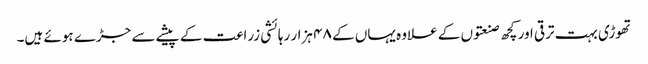
تھوڑی بہت ترقی اور کچھ صنعتوں کے علاوہ یہاں کے ۴۸ ہزار رہائشی زراعت کے پیشے سے جڑے ہوئے ہیں۔